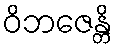
ဝိဘဇေန္တိ